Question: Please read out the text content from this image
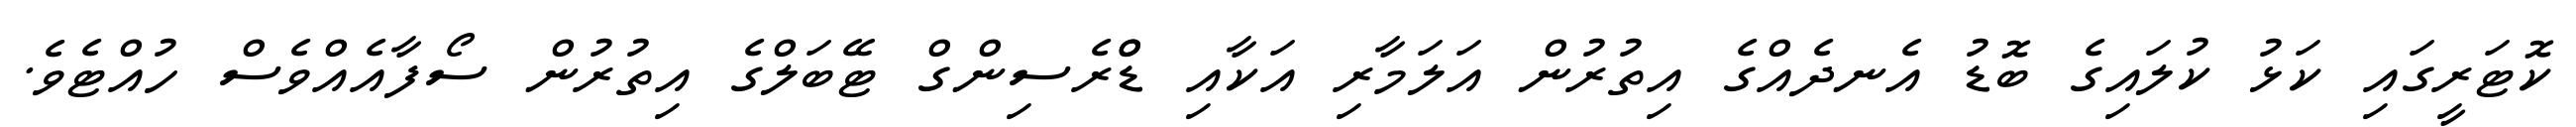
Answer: ކޮޓަރީގައި ކަޅު ކުލައިގެ ބޮޑު އެނދެއްގެ އިތުރުން އަލަމާރި އަކާއި ޑްްރެސިންގް ޓޭބަލްގެ އިތުރުން ސޯފާއެއްވެސް ހުއްޓެވެ.